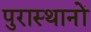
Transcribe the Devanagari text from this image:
पुरास्थानों